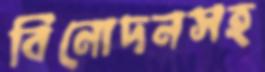
বিনোদনসহ